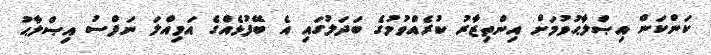
ކަންކަން އިޞްލާޙުވުމަށް އިންތިޒާރު ކުރެއްވުމުގެ ބަދަލުގައި އެ ބޭފުޅެއްގެ އަމިއްލަ ނަފްސު އިޞްލާޙު